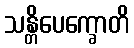
သန္တိပေက္ခောတိ